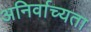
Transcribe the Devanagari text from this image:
अनिर्वाच्यता